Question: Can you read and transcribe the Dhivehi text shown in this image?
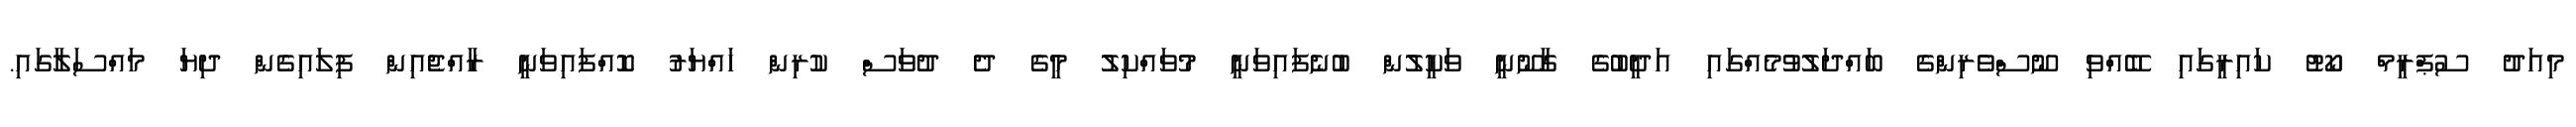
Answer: މިއަދު ސުޕްރީމް ކޯޓު ކައިރީގައި ބޭއްވި ނޫސްވެރިންގެ ބައްދަލުވުމެއްގައި އަދީބުގެ ގާނޫނީ ވަކީލުން ބުނެފައިވަނީ މުވައްކިލު މީގެ ދެ ދުވަސް ކުރިން ހައްޔަރު ކޮއްފައިވަނީ ރާއްޖެއިން ފިލައިގެން ދިޔަ މައްސަލާގައި.